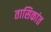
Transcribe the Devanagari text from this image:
तासिकांत